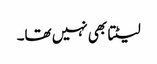
لیٹتا بھی نہیں تھا۔